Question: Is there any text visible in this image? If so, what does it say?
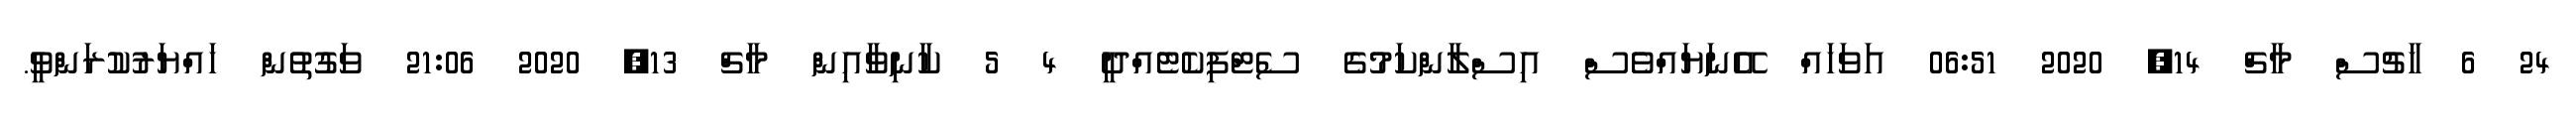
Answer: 24 6 ޚާޗުސް މާޗް 14, 2020 06:51 އަވަހައް އޭނަޔައްވެސް އިސްލާންކަމުގެ ސެޓްފިކެޓެއްދީ 4 5 ކާނިވާއިން މާޗް 13, 2020 21:06 ވަގުތުން ހައްޔަރުކުރަންވީ.